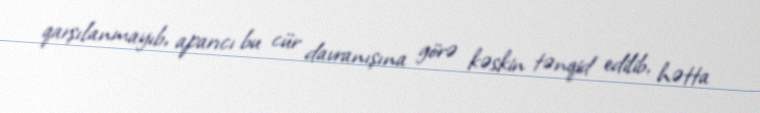
qarşılanmayıb, aparıcı bu cür davranışına görə kəskin tənqid edilib, hətta